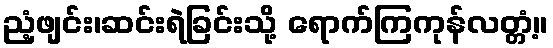
ညံ့ဖျင်း၊ဆင်းရဲခြင်းသို့ ရောက်ကြကုန်လတ္တံ့။